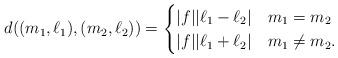
LaTeX: \begin{align*}d((m_1,\ell_1), (m_2, \ell_2)) = \begin{cases} |f| |\ell_1 - \ell_2| & m_1 = m_2 \\ |f| |\ell_1 + \ell_2| & m_1 \neq m_2.\end{cases}\end{align*}